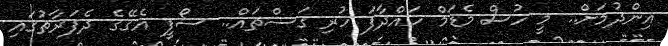
އިންދުމަށް.. މީ ހުސް މެޑަމް ހައްދާފަ ހުރި ގަސްތައް.. ސޯފީ އެގޭގެ ދެފަރާތުގައި